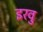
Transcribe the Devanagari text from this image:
इरवु